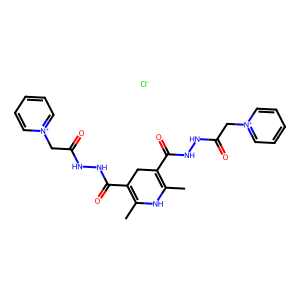
SMILES: CC1=C(C(=O)NNC(=O)C[n+]2ccccc2)CC(C(=O)NNC(=O)C[n+]2ccccc2)=C(C)N1.[Cl-]
Inhibits HIV replication: No